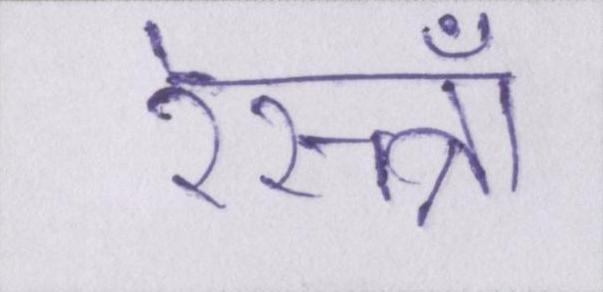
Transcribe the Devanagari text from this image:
रेस्त्राँ